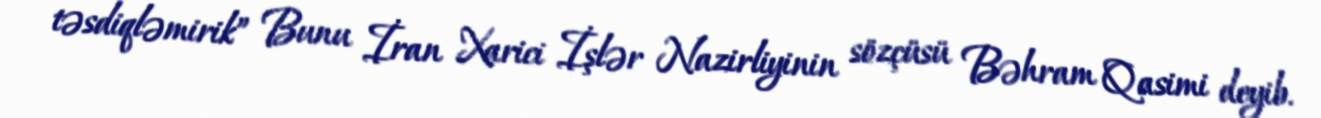
təsdiqləmirik” Bunu İran Xarici İşlər Nazirliyinin sözçüsü Bəhram Qasimi deyib.